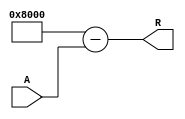
module ApproximateReciprocal #(
    parameter WIDTH = 16 // Input and output width
)(
    input  wire [WIDTH-1:0] A, // Input data
    output wire [WIDTH-1:0] R  // Output reciprocal
);

    // Internal signals
    wire [WIDTH-1:0] normalized_A;
    wire [WIDTH-1:0] approx_R;

    // Normalize input if necessary (for simplicity, we'll assume A is already in the range [0, 1])
    // You can implement scaling logic here if required.

    // Approximation using a simple polynomial method (e.g., a first-order approximation)
    // R = k * (1 - A) where k is a scaling factor for the approximation
    // Here, we use k = 2^WIDTH for fixed-point representation
    localparam [WIDTH-1:0] K = {1'b1, {WIDTH-1{1'b0}}}; // 2^WIDTH

    assign approx_R = K - A; // Simple approximation (this is a placeholder for a more complex method)

    // Output the approximate reciprocal
    assign R = approx_R;

endmodule